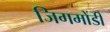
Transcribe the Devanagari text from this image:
जिगमोंडी